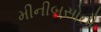
મીનીબસોનો